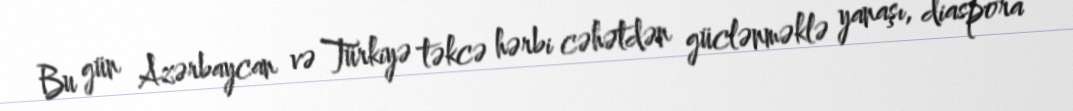
Bu gün Azərbaycan və Türkiyə təkcə hərbi cəhətdən güclənməklə yanaşı, diaspora